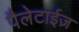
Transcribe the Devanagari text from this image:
पैलेटाईज़